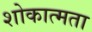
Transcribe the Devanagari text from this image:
शोकात्मता